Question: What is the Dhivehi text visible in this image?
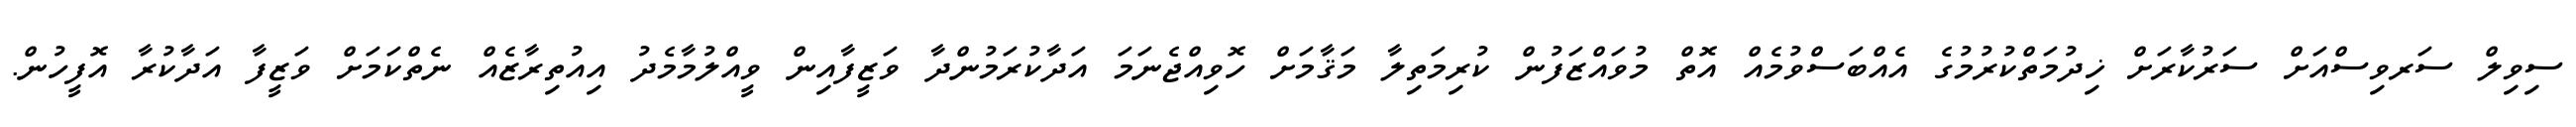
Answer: ސިވިލް ސަރވިސްއަށް ސަރުކާރަށް ޚިދުމަތްކުރުމުގެ އެއްބަސްވުމެއް އޮތް މުވައްޒަފުން ކުރިމަތިލާ މަޤާމަށް ހޮވިއްޖެނަމަ އަދާކުރަމުންދާ ވަޒީފާއިން ވީއްލުމާމެދު އިއުތިރާޒެއް ނެތްކަމަށް ވަޒީފާ އަދާކުރާ އޮފީހުން.